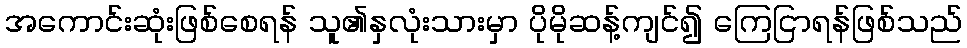
အကောင်းဆုံးဖြစ်စေရန် သူ၏နှလုံးသားမှာ ပိုမိုဆန့်ကျင်၍ ကြေငြာရန်ဖြစ်သည်